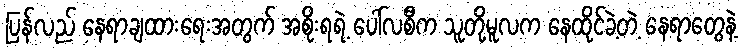
ပြန်လည် နေရာချထားရေးအတွက် အစိုးရရဲ့ ပေါ်လစီက သူတို့မူလက နေထိုင်ခဲ့တဲ့ နေရာတွေနဲ့